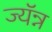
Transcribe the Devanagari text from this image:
ज्यॅन्न